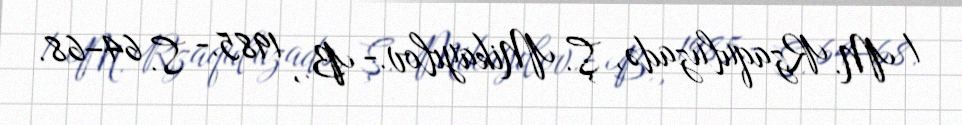
/ M. Rzaquluzadə, Ş. Mikayılov.- B., 1985.- S. 64–68.